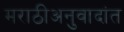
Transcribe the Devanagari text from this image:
मराठीअनुवादांत